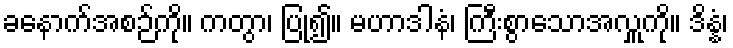
ခနောက်အစဉ်ကို။ ကတွာ၊ ပြု၍။ မဟာဒါနံ၊ ကြီးစွာသောအလှူကို။ ဒိန္နံ၊